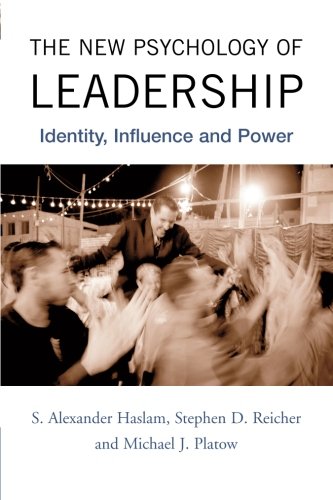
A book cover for The New Psychology of Leadership: Identity, Influence and Power; S. Alexander Haslam; Health, Fitness & Dieting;